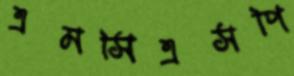
এমসিএসপি